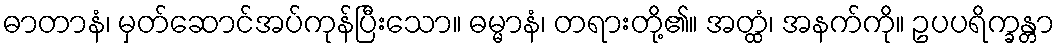
ဓာတာနံ၊ မှတ်ဆောင်အပ်ကုန်ပြီးသော။ ဓမ္မာနံ၊ တရားတို့၏။ အတ္ထံ၊ အနက်ကို။ ဥပပရိက္ခန္တာ